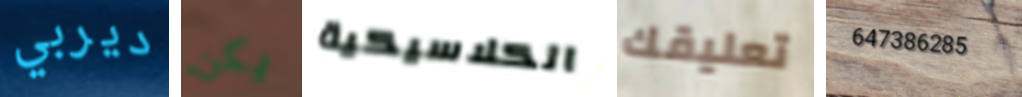
ديربي يكن الكلاسيكية تعليقك 647386285